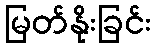
မြတ်နိုးခြင်း